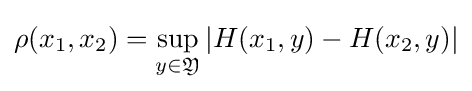
\rho (x_{1},x_{2})=\sup _{y\in {\mathfrak {Y}}}\left|H(x_{1},y)-H(x_{2},y)\right|